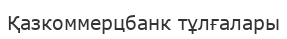
Қазкоммерцбанк тұлғалары